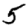
Digit: 5